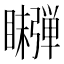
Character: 𬑫